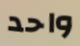
واحد